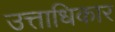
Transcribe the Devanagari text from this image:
उत्ताधिकार